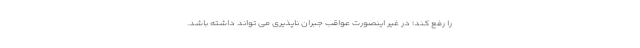
را رفع کند؛ در غیر اینصورت عواقب جبران ناپذیری می تواند داشته باشد.